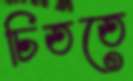
চিততে